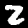
Label: 2